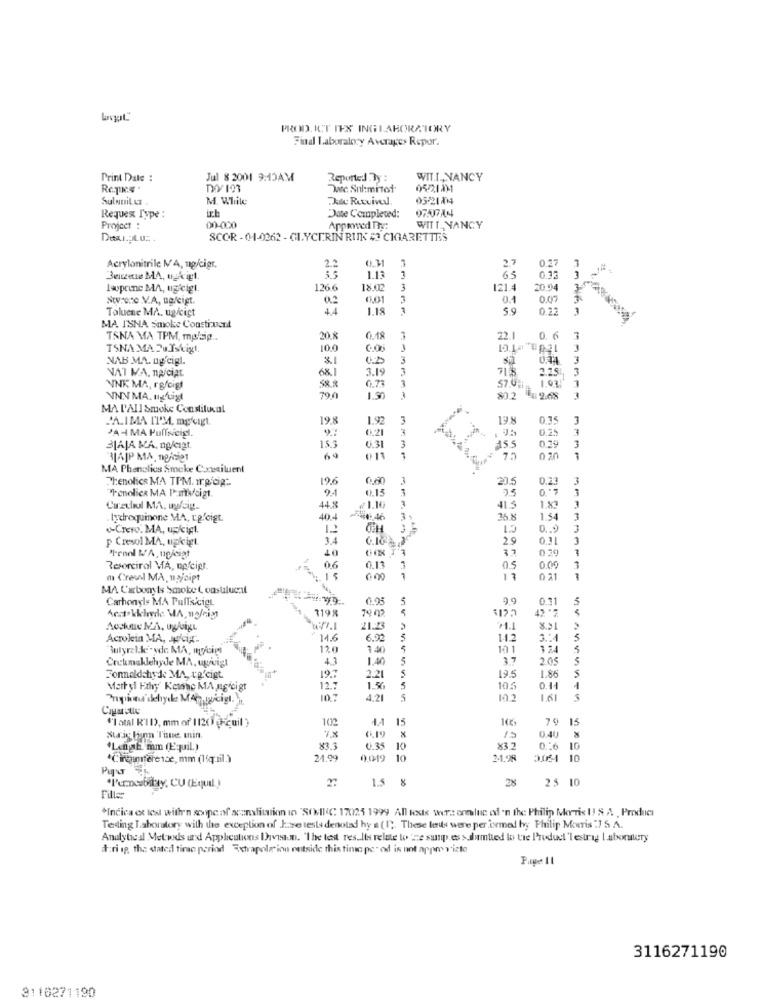
PROD. ICT IES INGLABORATORY
Final Laboratory Averages Repor.
Print Date :
Jul 8 2001 9:15AM
Reported By :
WIT.T ., NANCY
Dec. Sul:mitot
0522181
Sulatil ut
M. While
Au Rutvivel
05-21804
ich
Requex Type :
Date Completed:
Project :
00-000
Appand Try:
WITT_ NANCY
SCOR -01-0262 - GLYCERIN RUNK # CIGARETTES
0.31
2.7
0.27
Acrylonitrile NA, ug/cier.
2.2
1.13
3
65
0.33
3
Iwprine MA, uzeigt.
126.6
18.0
3
121.4
20.94
3º
Stro.e .V.A, ugfeigt.
0.
6.01
0.1
0.07
Toluene MA. ugicict
44
1.18
5.9
0.22
3
MA ISNA smoke Constituent
TSNA MA TPM, mplsip ..
20.8
0.18
3
22.
0. 6
3
TSNA MA Pu Iskigt
10.0
3
NAB MA. ny.cigl.
3
0:34
3
NAT KA, naiciAL
68.1
3.15
3
71 8
2.25
3
0.73
3
3
NNK MA, rg/cig!
58.8
57.0.1
VNN MA, ngfigt
790
1.50
-
80.2
4 2.68
3
MA L'AII Smoke Constitucal
----
PALIMA ITM, mgugt.
19.8
1.92
3
0.35
3
PA4 MA PullNicig.
0.25
3
3
3JAJA MA, ngligt.
15.3
0.31
15.5
0.29
BLAJP MA, noidet
69
011
7.
MA Phenolics Smoke Coxzailuent
Phenolics MA TPM. Ir.gicig -.
19.6
3
20.5
0.23
3
"Tenolice MA I'mw/cigt.
9.1
0.15
0."7
44.8
41.3
1.x3
. lydrequinone MA. Lg.Gigt.
404
3
1.54
Crero. MA, urligt.
0 ..
p Cresol MA, upkigt
3.4
29
0.3
3
40
"-enel N/A, upleigt
Resorcinal MA, np cipt.
0.6
0.13
0.5
0.00
m Cresal MA, upjaipt
. 15
000
0 21
MA Carbonyts Smoke ( onsulucil
Carbonyls MA Puffscigt
0.95
5
9.9
5
1198
1122
42 "7
0.11
Acstokkhryde MA, noleign
14:42
21.23
24.1
Acrokein MA, Jpicig ..
14.6
6.02
1.1.2
5
Bulyra kke yde MA, wycin
120
1 40
101
5
Crekmeklehyde MA, uwvigt
4.3
1.40
5
3.7
205
5
19.7
194
5
Fonnaldshyde MA, rg.cigt
2.21
5
1.86
Martyl Ethy Keine MA ng cigt
12.7
1.56
5
10.5
0.14
1
10?
4.21
102
1.61
"'I atal K'11), mm of 1120) @ cuil }
102
AA
15
79 15
Suric lin Toue. min.
0.34
6.19
15
0.40
*Lengst mm (Equil.)
83.3
10
83.2
0.16 10
*Creamference, mm (liquil.)
21.99
0.019
10
21.98
3054 10
1.5 %
2%
25 10
Fille
*Indica et les with'n scope of scanslitation in "SONIC 17025 1999 All tests were ennluc of 'n the Philip Morris I! & A Product
Tending Laboratory with the exception of Jase tests denoted hy a (1). These les were performed byy Philip Morris :7 S.A.
Analyteal Metwds und Applications Ihavean. "The test results relate to 'ne susp.es > dumtied lo tre Product 'lestrag Laboralery
t:ri ip, the stated time period Extrapolation outside this time period is not appropriate
Page 11
3116271190
3110271190